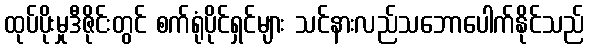
ထုပ်ပိုးမှုဒီဇိုင်းတွင် စက်ရုံပိုင်ရှင်များ သင်နားလည်သဘောပေါက်နိုင်သည်